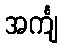
အင်္ကျ